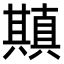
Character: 𠔶